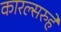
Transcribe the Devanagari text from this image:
कारल्सरुहे